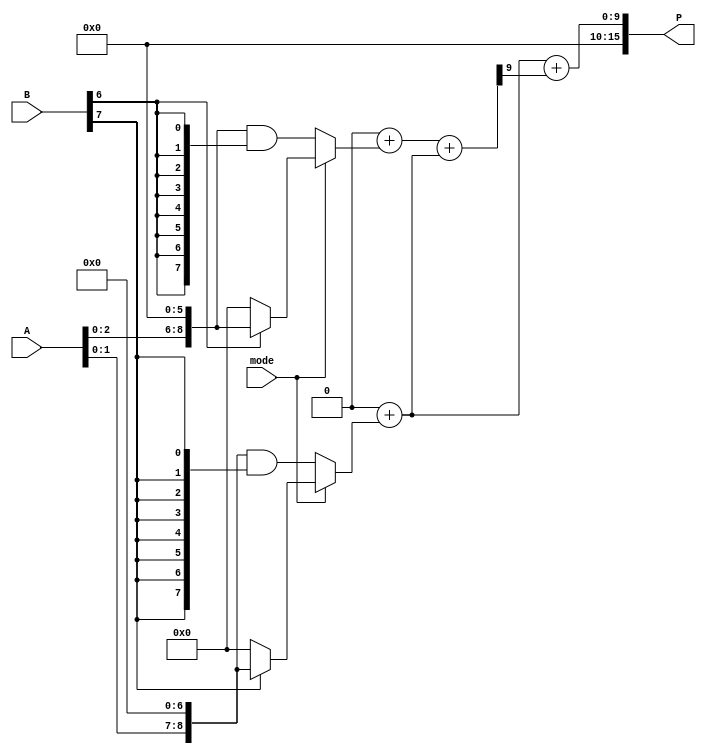
module dual_mode_wallace_tree_multiplier #(parameter N = 8) (
    input [N-1:0] A,         // First multiplicand
    input [N-1:0] B,         // Second multiplicand
    input mode,              // Control signal: 0 = Standard, 1 = Booth's
    output reg [2*N-1:0] P   // Product output
);

    wire [2*N-1:0] partial_products [0:N-1]; // Partial products
    wire [N:0] sum_stage [0:N-1];             // Intermediate sums
    wire [N:0] carry_stage [0:N-1];           // Intermediate carries

    integer i, j;

    // Generate Partial Products
    generate
        genvar k;
        for (k = 0; k < N; k = k + 1) begin : pp_gen
            assign partial_products[k] = (mode == 1'b0) ? (A << k) & { {N{B[k]}} } : // Standard Mode
                                          (B[k] ? (A << k) : 0); // Booth's Mode (simplified)
        end
    endgenerate

    // Wallace Tree Reduction (simplified)
    // Stage 1: Sum the partial products
    always @(*) begin
        // Initialize sums and carries
        for (i = 0; i < N; i = i + 1) begin
            sum_stage[i] = 0;
            carry_stage[i] = 0;
        end
        
        // Accumulate partial products
        for (i = 0; i < N; i = i + 1) begin
            sum_stage[i] = sum_stage[i] + partial_products[i];
        end
        
        // Wallace Tree Reduction Logic
        for (i = 0; i < N; i = i + 1) begin
            if (i < N-1) begin
                {carry_stage[i+1], sum_stage[i]} = sum_stage[i] + sum_stage[i+1];
            end
        end
        
        // Final addition for product
        P = sum_stage[N-1] + carry_stage[N-1];
    end

endmodule